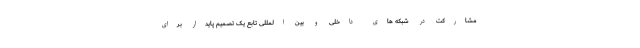
مشارکت در شبکه های داخلی و بین المللی تابعِ یک تصمیم پایدار برای